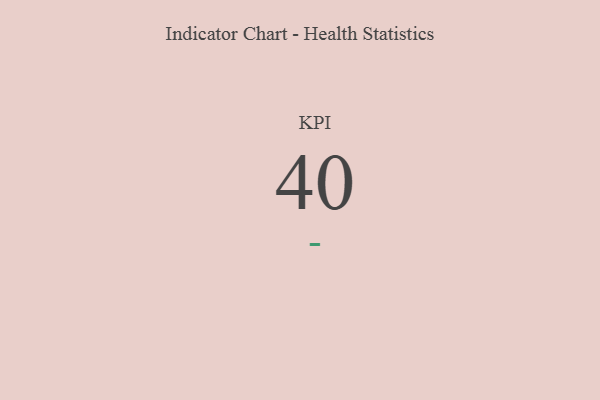
{"axis": {"x": "KPI", "y": "Value"}, "legend": [""], "data": [{"x": "KPI", "y": 40, "type": ""}]}